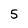
Character: 5